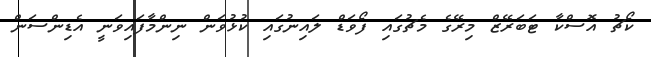
ކޯޗު އޮސްކާ ޓަބަރޭޒް މިރޭގެ މެޗުގައި ފޯވަޑް ލައިނުގައި ކުޅުވަން ނިންމާފައިވަނީ އެޑިންސަން